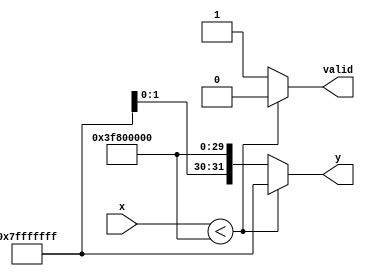
module acosh #(
    parameter WIDTH = 32  // Floating-point width (e.g., 32 for single precision)
)(
    input wire [WIDTH-1:0] x,  // Input floating-point number
    output reg [WIDTH-1:0] y,   // Output floating-point result
    output reg valid             // Output valid signal
);

    // Floating-point operations (assumed to be defined elsewhere)
    function [WIDTH-1:0] fp_add;
        input [WIDTH-1:0] a, b;
        begin
            // Implement floating-point addition here (IEEE 754)
        end
    endfunction

    function [WIDTH-1:0] fp_sqrt;
        input [WIDTH-1:0] a;
        begin
            // Implement floating-point square root here (IEEE 754)
        end
    endfunction

    function [WIDTH-1:0] fp_ln;
        input [WIDTH-1:0] a;
        begin
            // Implement floating-point natural logarithm here (IEEE 754)
        end
    endfunction

    // Internal signals
    reg [WIDTH-1:0] sqrt_term;
    reg [WIDTH-1:0] ln_input;

    always @(*) begin
        valid = 1'b0;  // Default to invalid output
        if (x < 32'h3F800000) begin  // Check if x < 1 (32'h3F800000 is the representation of 1.0 in IEEE 754)
            y = 32'h7FFFFFFF;  // Set output to NaN (or a specific error code)
        end else begin
            // Compute acosh(x) = ln(x + sqrt(x^2 - 1))
            ln_input = fp_add(x, fp_sqrt(fp_add(fp_sqrt(x), 32'h3F800000))); // x + sqrt(x^2 - 1)
            y = fp_ln(ln_input);  // Compute natural logarithm
            valid = 1'b1;  // Set valid output
        end
    end

endmodule